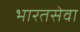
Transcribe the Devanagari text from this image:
भारतसेवा